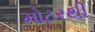
મોટરથી